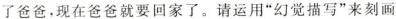
了爸爸，现在爸爸就要回家了。请运用”幻觉描写”来刻画